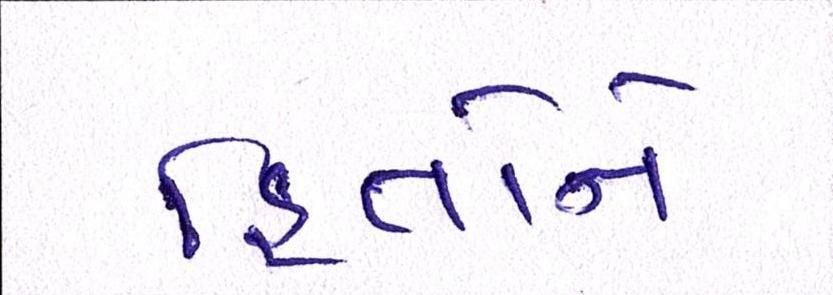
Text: હિતોને